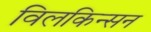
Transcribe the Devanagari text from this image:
विलकिन्सन